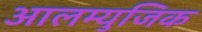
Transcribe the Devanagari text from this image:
आलम्युजिक